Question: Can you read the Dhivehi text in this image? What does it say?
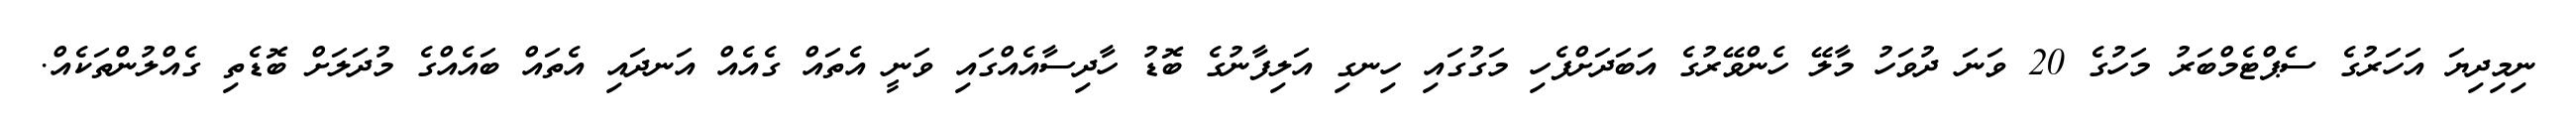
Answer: ނިމިދިޔަ އަހަރުގެ ސެޕްޓެމްބަރު މަހުގެ 20 ވަނަ ދުވަހު މާލޭ ހެންވޭރުގެ އަބަދަށްފެހި މަގުގައި ހިނގި އަލިފާނުގެ ބޮޑު ހާދިސާއެއްގައި ވަނީ އެތައް ގެއެއް އަނދައި އެތައް ބައެއްގެ މުދަލަށް ބޮޑެތި ގެއްލުންތަކެއް.